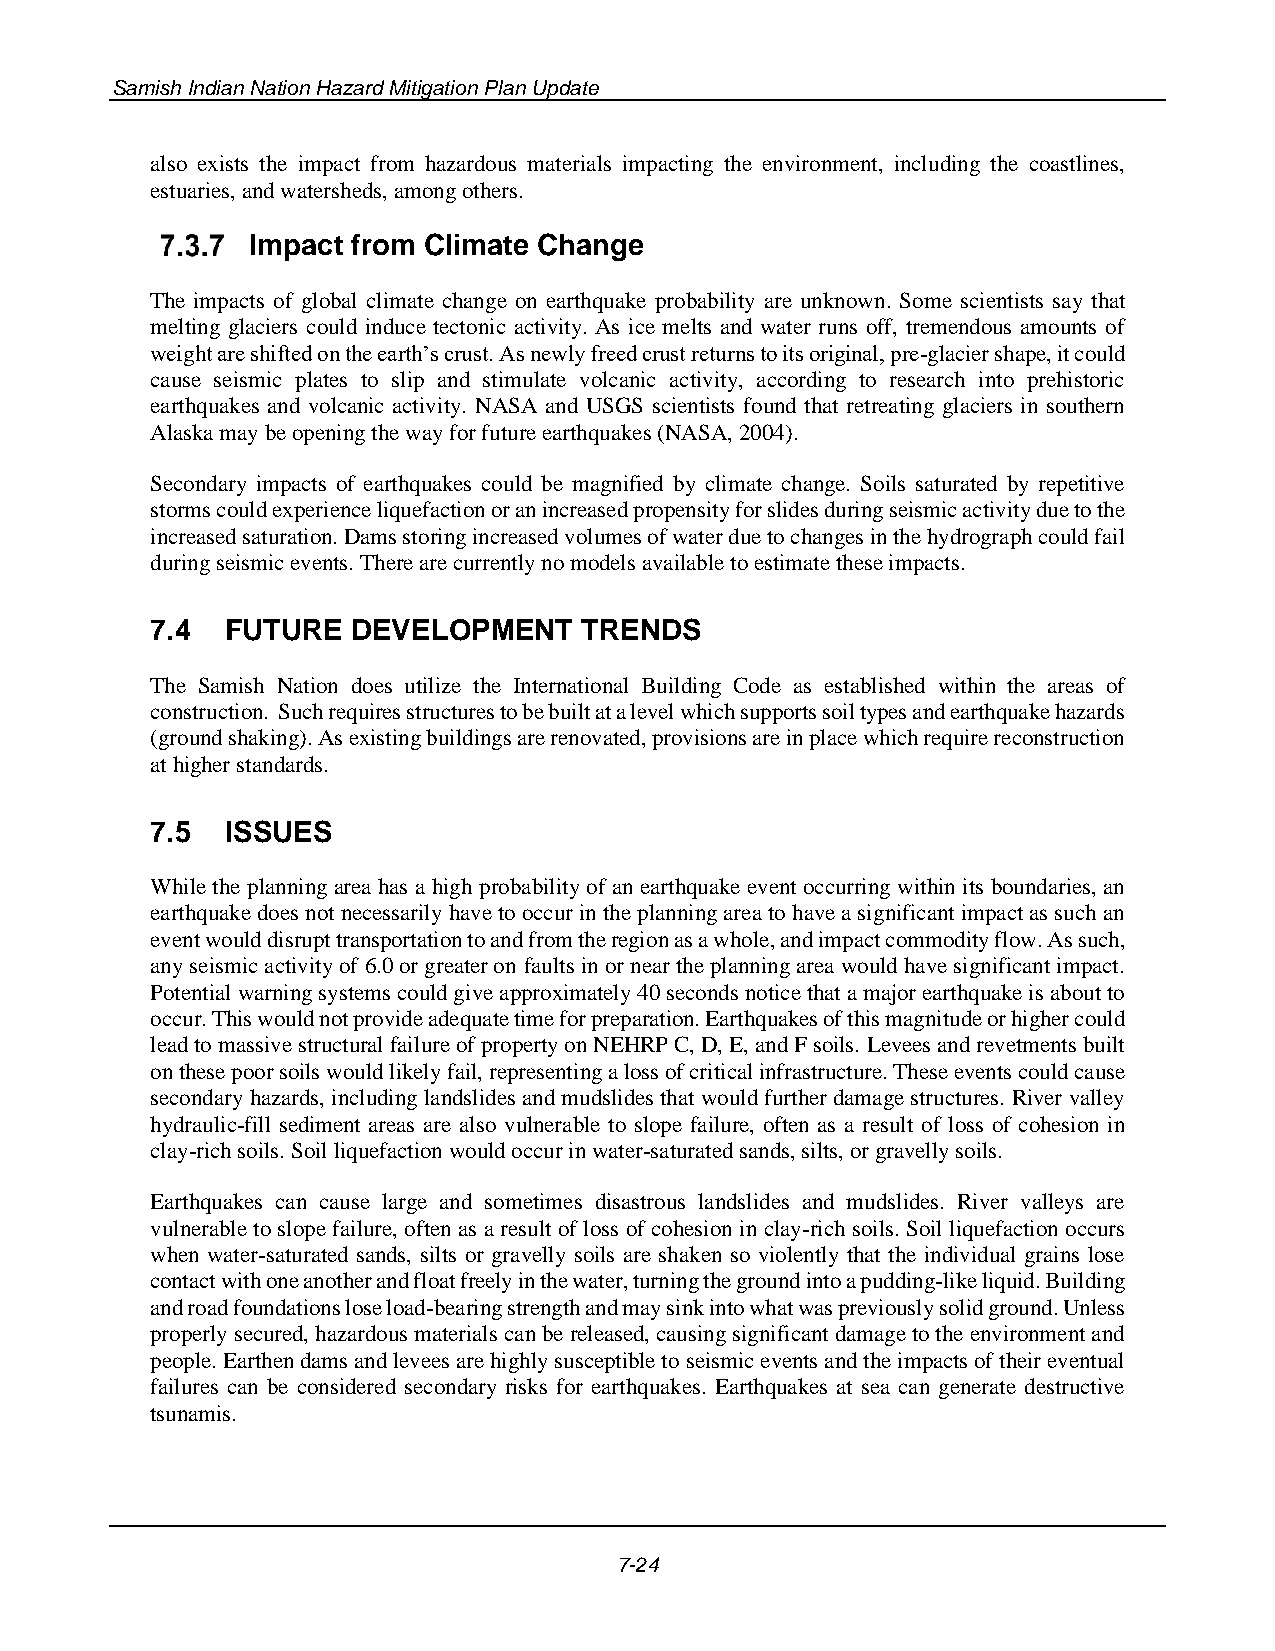
Samish Indian Nation Hazard Mitigation Plan Update
 also exists the impact from hazardous materials impacting the environment, including the coastlines,
 estuaries, and watersheds, among others.
 Impact from Climate Change
 The impacts of global climate change on earthquake probability are unknown. Some scientists say that
 melting glaciers could induce tectonic activity. As ice melts and water runs off, tremendous amounts of
 weight are shifted on the earth’s crust. As newly freed crust returns to its original, pre-glacier shape, it could
 cause seismic plates to slip and stimulate volcanic activity, according to research into prehistoric
 earthquakes and volcanic activity. NASA and USGS scientists found that retreating glaciers in southern
 Alaska may be opening the way for future earthquakes (NASA, 2004).
 Secondary impacts of earthquakes could be magnified by climate change. Soils saturated by repetitive
 storms could experience liquefaction or an increased propensity for slides during seismic activity due to the
 increased saturation. Dams storing increased volumes of water due to changes in the hydrograph could fail
 during seismic events. There are currently no models available to estimate these impacts.
 7.4  FUTURE  DEVELOPMENT    TRENDS
 The Samish Nation does utilize the International Building Code as established within the areas of
 construction. Such requires structures to be built at a level which supports soil types and earthquake hazards
 (ground shaking). As existing buildings are renovated, provisions are in place which require reconstruction
 at higher standards.
 7.5  ISSUES
 While the planning area has a high probability of an earthquake event occurring within its boundaries, an
 earthquake does not necessarily have to occur in the planning area to have a significant impact as such an
 event would disrupt transportation to and from the region as a whole, and impact commodity flow. As such,
 any seismic activity of 6.0 or greater on faults in or near the planning area would have significant impact.
 Potential warning systems could give approximately 40 seconds notice that a major earthquake is about to
 occur. This would not provide adequate time for preparation. Earthquakes of this magnitude or higher could
 lead to massive structural failure of property on NEHRP C, D, E, and F soils. Levees and revetments built
 on these poor soils would likely fail, representing a loss of critical infrastructure. These events could cause
 secondary hazards, including landslides and mudslides that would further damage structures. River valley
 hydraulic-fill sediment areas are also vulnerable to slope failure, often as a result of loss of cohesion in
 clay-rich soils. Soil liquefaction would occur in water-saturated sands, silts, or gravelly soils.
 Earthquakes can cause large and sometimes disastrous landslides and mudslides. River valleys are
 vulnerable to slope failure, often as a result of loss of cohesion in clay-rich soils. Soil liquefaction occurs
 when water-saturated sands, silts or gravelly soils are shaken so violently that the individual grains lose
 contact with one another and float freely in the water, turning the ground into a pudding-like liquid. Building
 and road foundations lose load-bearing strength and may sink into what was previously solid ground. Unless
 properly secured, hazardous materials can be released, causing significant damage to the environment and
 people. Earthen dams and levees are highly susceptible to seismic events and the impacts of their eventual
 failures can be considered secondary risks for earthquakes. Earthquakes at sea can generate destructive
 tsunamis.
 7-24